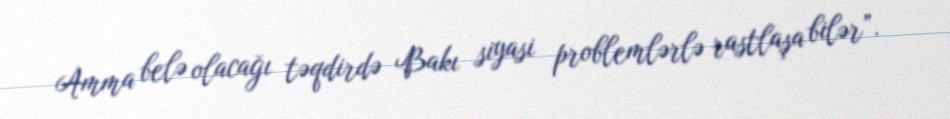
Amma belə olacağı təqdirdə Bakı siyasi problemlərlə rastlaşa bilər”.